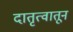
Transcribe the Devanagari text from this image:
दातृत्वातून